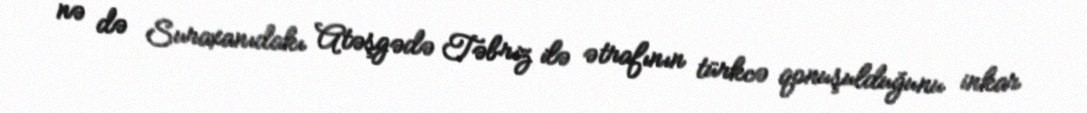
nə də Suraxanıdakı Atəşgədə Təbriz ilə ətrafının türkcə qonuşulduğunu inkar